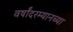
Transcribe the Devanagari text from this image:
वर्षांदरम्यानच्या